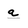
Character: a